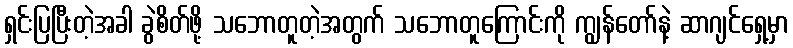
ရှင်းပြပြီးတဲ့အခါ ခွဲစိတ်ဖို့ သဘောတူတဲ့အတွက် သဘောတူကြောင်းကို ကျွန်တော်နဲ့ ဆာဂျင်ရှေ့မှာ